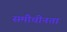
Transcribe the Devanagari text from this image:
समीचीनता